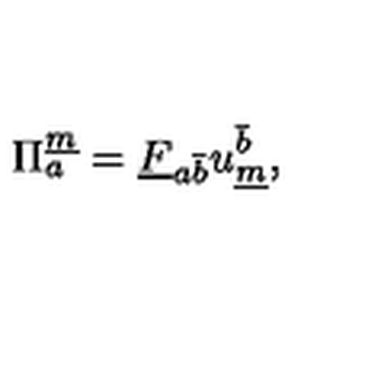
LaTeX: \Pi _ { a } ^ { \underline { { m } } } = \underline { { F } } _ { { a } { \bar { b } } } u _ { \underline { { m } } } ^ { \bar { b } } ,